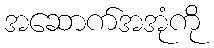
အဆောက်အအုံကို